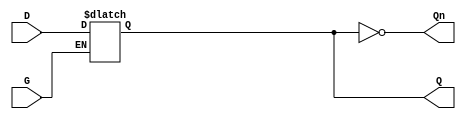
module async_gated_latch (
    input wire D,    // Data input
    input wire G,    // Gate control signal
    output reg Q,    // Output
    output wire Qn   // Inverted output
);

// Inverted output
assign Qn = ~Q;

// Always block to implement the latch behavior
always @(*) begin
    if (G) begin
        Q = D; // Capture D when G is high
    end
    // When G is low, Q retains its previous value
end

endmodule